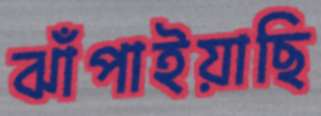
ঝাঁপাইয়াছি